Indian journal of veterinary science and animal husbandry - Volume 12,
Year: 1942
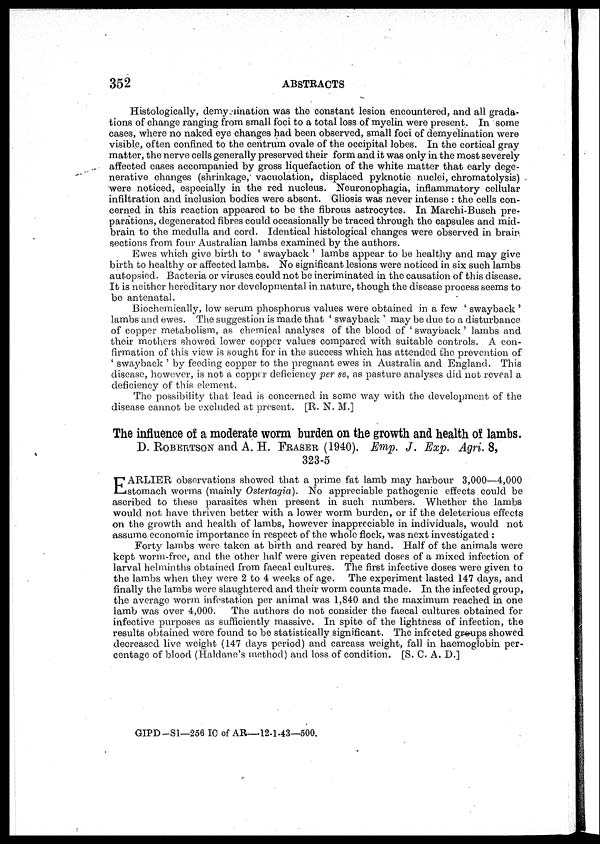
352
ABSTRACTS
Histologically, demyelination was the constant lesion encountered, and all grada-
tions of change ranging from small foci to a total loss of myelin were present. In some
cases, where no naked eye changes had been observed, small foci of demyelination were
visible, often confined to the centrum ovale of the occipital lobes. In the cortical gray
matter, the nerve cells generally preserved their form and it was only in the most severely
affected cases accompanied by gross liquefaction of the white matter that early dege-
nerative changes (shrinkage, vacuolation, displaced pyknotic nuclei, chromatolysis)
were noticed, especially in the red nucleus. Neuronophagia, inflammatory cellular
infiltration and inclusion bodies were absent. Gliosis was never intense : the cells con-
cerned in this reaction appeared to be the fibrous astrocytes. In Marchi-Busch pre-
parations, degenerated fibres could occasionally be traced through the capsules and mid-
brain to the medulla and cord. Identical histological changes were observed in brain
sections from four Australian lambs examined by the authors.
Ewes which give birth to ' swayback ' lambs appear to be healthy and may give
birth to healthy or affected lambs. No significant lesions were noticed in six such lambs
autopsied. Bacteria or viruses could not be incriminated in the causation of this disease.
It is neither hereditary nor developmental in nature, though the disease process seems to
be antenatal.
Biochemically, low serum phosphorus values were obtained in a few ' swayback '
lambs and ewes. The suggestion is made that ' swayback ' may be due to a disturbance
of copper metabolism, as chemical analyses of the blood of ' swayback ' lambs and
their mothers showed lower copper values compared with suitable controls. A con-
firmation of this view is sought for in the success which has attended the prevention of
' swayback ' by feeding copper to the pregnant ewes in Australia and England. This
disease, however, is not a copper deficiency per se, as pasture analyses did not reveal a
deficiency of this element.
The possibility that lead is concerned in some way with the development of the
disease cannot be excluded at present. [R. N. M.]
The influence of a moderate worm burden on the growth and health of lambs.
D. ROBERTSON and A. H. FRASER (1940). Emp. J. Exp. Agri.8,
323-5
E ARLIER observations showed that a prime fat lamb may harbour 3,000—4,000
stomach worms (mainly Ostertagia). No appreciable pathogenic effects could be
ascribed to these parasites when present in such numbers. Whether the lambs
would not have thriven better with a lower worm burden, or if the deleterious effects
on the growth and health of lambs, however inappreciable in individuals, would not
assume economic importance in respect of the whole flock, was next investigated :
Forty lambs were taken at birth and reared by hand. Half of the animals were
kept worm-free, and the other half were given repeated doses of a mixed infection of
larval helminths obtained from faecal cultures. The first infective doses were given to
the lambs when they were 2 to 4 weeks of age. The experiment lasted 147 days, and
finally the lambs were slaughtered and their worm counts made. In the infected group,
the average worm infestation per animal was 1,840 and the maximum reached in one
lamb was over 4,000.
The authors do not consider the faecal cultures obtained for
infective purposes as sufficiently massive. In spite of the lightness of infection, the
results obtained were found to be statistically significant. The infected groups showed
decreased live weight (147 days period) and carcass weight, fall in haemoglobin per-
centage of blood (Haldane's method) and loss of condition. [S. C. A. D.]
GIPD-S1—256 IC of AR—12-1-43—500.